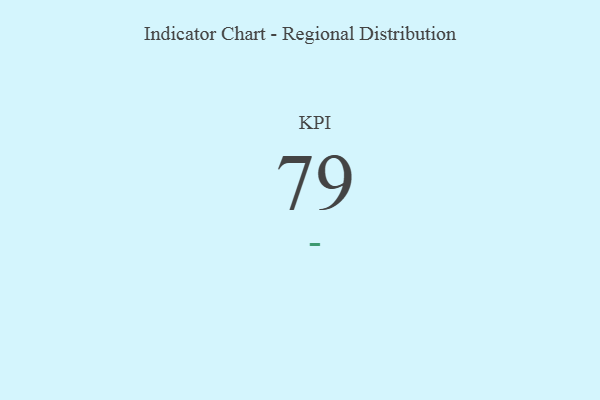
{"axis": {"x": "KPI", "y": "Value"}, "legend": [""], "data": [{"x": "KPI", "y": 79, "type": ""}]}